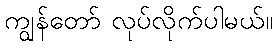
ကျွန်တော် လုပ်လိုက်ပါမယ်။